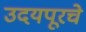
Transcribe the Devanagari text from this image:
उदयपूरचे